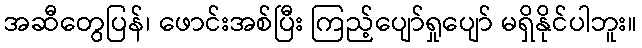
အဆီတွေပြန်၊ ဖောင်းအစ်ပြီး ကြည့်ပျော်ရှုပျော် မရှိနိုင်ပါဘူး။